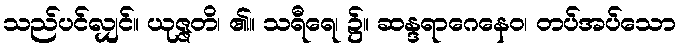
သည်ပင်လျှင်။ ယုဇ္ဇတိ၊ ၏။ သရီရေ၊ ၌။ ဆန္ဒရာဂေနေဝ၊ တပ်အပ်သော